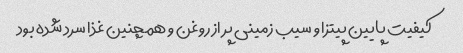
کیفیت پایین پیتزا و سیب زمینی پر از روغن و همچنین غذا سرد شده بود